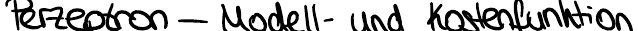
Perzeptron - Modell- und Kostenfunktion